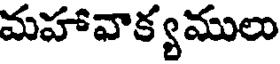
మహావాక్యములు